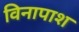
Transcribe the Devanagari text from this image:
विनापाश